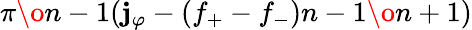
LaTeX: {{\pi}\o{n-1}}(\mathbf{j}_{\varphi}-(f_{+}-f_{-}){{n-1}\o{n+1}})